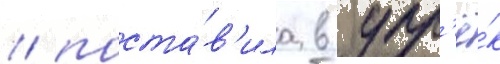
/ поста́в'ила в упр'ё́к